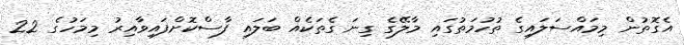
އެގޮތުން މިމައްސަލައިގެ ތުހުމަތުގައި މާލޭގެ ގިނަ ގެތަކެއް ބަލައި ފާސްކޮށްފައިވާއިރު މިމަހުގެ 22